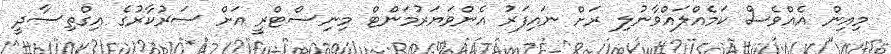
މިއިން އެއްވެސް ކަމެއްލައްވާނުލި ރަށް ނައިފަރު އެންވަޔަރުމަންޓް މިނިސްޓްރީ އަށް ސަރުކާރުގެ އިގްތިސާދީ